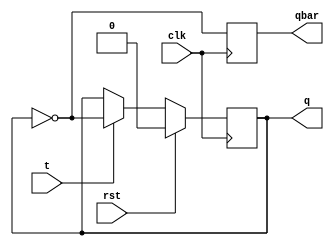
`timescale 1ns / 1ps
//////////////////////////////////////////////////////////////////////////////////
// Company: 
// Engineer: 
// 
// Design Name: 
// Module Name: t_ff
// Project Name: 
// Target Devices: 
// Tool Versions: 
// Description: 
// 
// Dependencies: 
// 
// Revision:
// Revision 0.01 - File Created
// Additional Comments:
// 
//////////////////////////////////////////////////////////////////////////////////


module t_ff(
    input t,
    input clk,
    input rst,
    output reg q,
    output reg qbar
    );
    always @ (posedge clk)
    begin
        if(rst)
        q <= 0;
        
        else
        begin
            if(t)
            q <= ~q;
            
            else
            q <= q;
        end
    qbar = ~q;
    end
endmodule